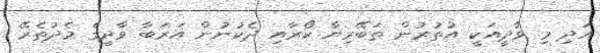
އަދި މި ވާދީއަކީ އުތުރުން ތަބޭރިޔާ ކޯރާއި ދެކުނުން އަރަބާ ވާދީގެ މެދުތެރޭ